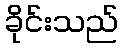
ခိုင်းသည်